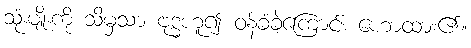
သုံးမျိုးကို သိမှသာ ဗုဒ္ဓဟူ၍ ဝန်ခံခဲ့ကြောင်း ဟောထား၏။